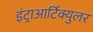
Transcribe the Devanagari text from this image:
इंट्राआर्टिक्युलर